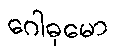
ဂေါဓုမော